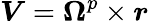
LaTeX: \boldsymbol{V}=\boldsymbol{\Omega}^{p}\times\boldsymbol{r}